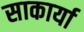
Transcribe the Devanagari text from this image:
साकार्या